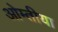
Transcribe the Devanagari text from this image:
ओम्तीया